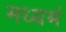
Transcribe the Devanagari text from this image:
मध्यमं